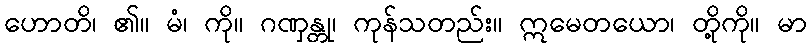
ဟောတိ၊ ၏။ မံ၊ ကို။ ဂဏှန္တု၊ ကုန်သတည်း။ ဣမေတယော၊ တို့ကို။ မာ